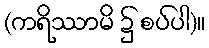
(ကရိဿာမိ ၌ စပ်ပါ)။